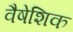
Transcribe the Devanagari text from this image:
वैषेशिक